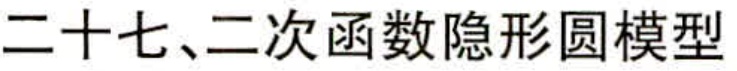
二十七、二次函数隐形圆模型